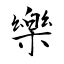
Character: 樂